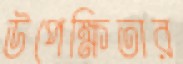
উপেক্ষিতার